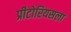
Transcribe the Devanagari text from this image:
प्रीटोरियसला